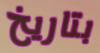
بتاريخ